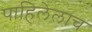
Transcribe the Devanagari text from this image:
पाहिलेलाच